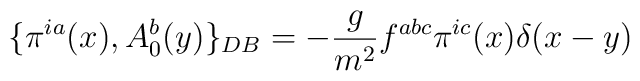
\{\pi^{ia}(x),  A_0^b(y)\}_{DB}  =  -\frac{g}{m^2}  f^{abc}\pi^{ic}(x)\delta(x-y)\nonumber